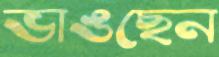
ভাঙছেন